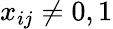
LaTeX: x_{ij}\neq 0,1